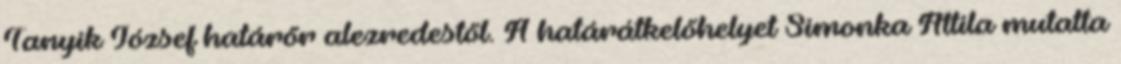
Tanyik József határőr alezredestől. A határátkelőhelyet Simonka Attila mutatta